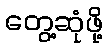
တွေ့ဆုံဖို့